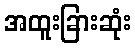
အထူးခြားဆုံး